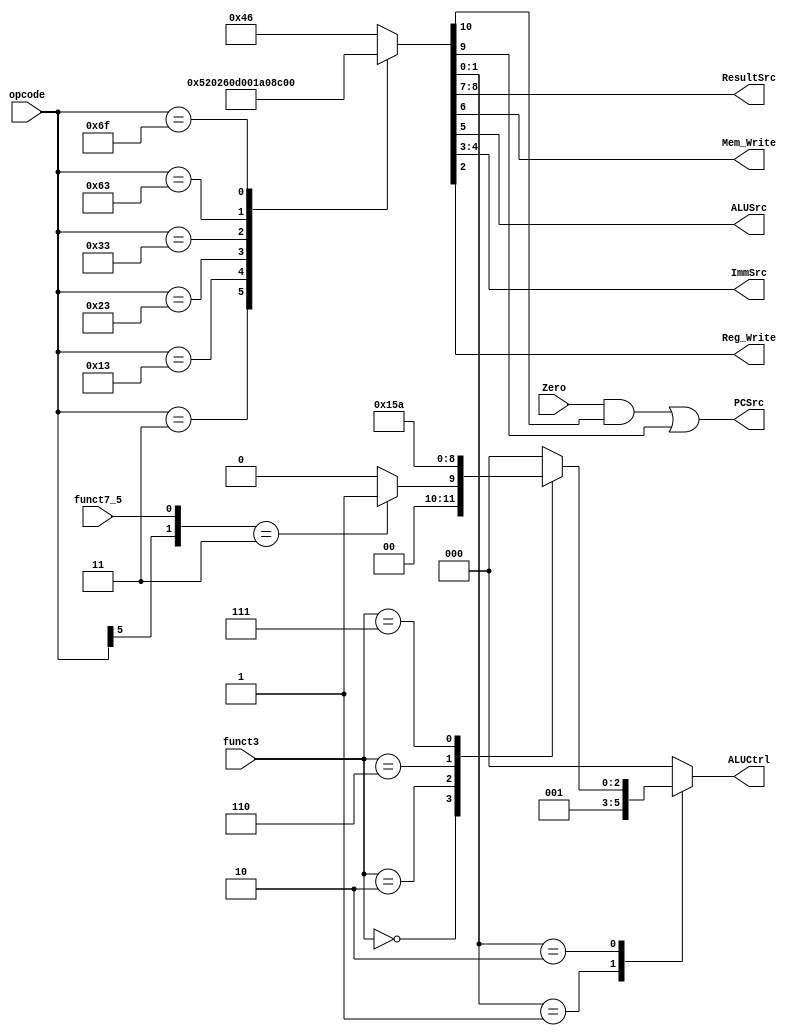
/*
 * @Author: Eric Wong 
 * @Date: 2022-01-20 01:03:50 
 * @Last Modified by:   Eric Wong 
 * @Last Modified time: 2022-01-20 01:03:50 
 */

module controller # (
        parameter Width = 32
    )
    (
        input   [6:0]       opcode,
        input   [2:0]       funct3,         // Instr[14:12]
        input               funct7_5,
        input               Zero,
        output              PCSrc,
        output  reg [1:0]   ResultSrc,
        output  reg         Mem_Write,
        output  reg [2:0]   ALUCtrl,
        output  reg         ALUSrc,
        output  reg [1:0]   ImmSrc,
        output  reg         Reg_Write
    );
    reg         Branch  ;
    reg         Jump    ;
    reg [1:0]   ALUOp   ;
    
    // Main Decoder
    always @(*) begin
        case (opcode)
            7'b000_0011: begin          // lw
                {Branch,Jump,ResultSrc,Mem_Write,ALUSrc,ImmSrc,Reg_Write,ALUOp} = {1'b0,1'b0,2'b01,1'b0,1'b1,2'b00,1'b1,2'b00};
            end

            7'b001_0011: begin          // addi
                {Branch,Jump,ResultSrc,Mem_Write,ALUSrc,ImmSrc,Reg_Write,ALUOp} = {1'b0,1'b0,2'b00,1'b0,1'b1,2'b00,1'b1,2'b10};
            end

            7'b010_0011: begin          // sw
                {Branch,Jump,ResultSrc,Mem_Write,ALUSrc,ImmSrc,Reg_Write,ALUOp} = {1'b0,1'b0,2'b00,1'b1,1'b1,2'b01,1'b0,2'b00};
            end

            7'b011_0011: begin          // R-Type Instruction
                {Branch,Jump,ResultSrc,Mem_Write,ALUSrc,ImmSrc,Reg_Write,ALUOp} = {1'b0,1'b0,2'b00,1'b0,1'b0,2'b00,1'b1,2'b10};
            end

            7'b110_0011: begin          // beq
                {Branch,Jump,ResultSrc,Mem_Write,ALUSrc,ImmSrc,Reg_Write,ALUOp} = {1'b1,1'b0,2'b00,1'b0,1'b0,2'b10,1'b0,2'b01};
            end

            7'b110_1111: begin          // jal
                {Branch,Jump,ResultSrc,Mem_Write,ALUSrc,ImmSrc,Reg_Write,ALUOp} = {1'b0,1'b1,2'b10,1'b0,1'b0,2'b11,1'b1,2'b00};
            end

            default: begin              // nop (addi x0, x0, 0)
                {Branch,Jump,ResultSrc,Mem_Write,ALUSrc,ImmSrc,Reg_Write,ALUOp} = {1'b0,1'b0,2'b00,1'b0,1'b1,2'b00,2'b1,2'b10};
            end
        endcase
    end

    // ALU Decoder
    always @(*) begin
        case (ALUOp)
            2'b00: begin                // lw, sw
                ALUCtrl = 3'b000;
            end

            2'b01: begin                // beq
                ALUCtrl = 3'b001;
            end

            2'b10: begin                // R-Type Instruction
                case (funct3)
                    3'b000: begin       // subtract
                        if ({opcode[5],funct7_5} == 2'b11) begin
                            ALUCtrl = 3'b001;
                        end

                        else begin      // add
                            ALUCtrl = 3'b000;
                        end
                    end

                    3'b010: begin       // slt
                        ALUCtrl = 3'b101;
                    end

                    3'b110: begin       // or
                        ALUCtrl = 3'b011;
                    end

                    3'b111: begin       // and
                        ALUCtrl = 3'b010;
                    end

                    default: begin
                        ALUCtrl = 3'b000;
                    end
                endcase
            end

            default: begin
                ALUCtrl = 3'b000;
            end
        endcase
    end

    assign PCSrc = (Zero & Branch) | Jump;          // beq, jal
endmodule